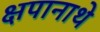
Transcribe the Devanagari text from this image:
क्षपानाथे